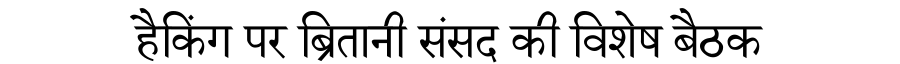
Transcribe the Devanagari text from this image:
हैकिंग पर ब्रितानी संसद की विशेष बैठक